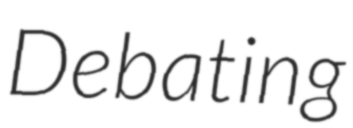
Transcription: Debating